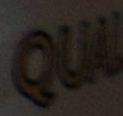
QU